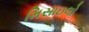
મિસાઇલો